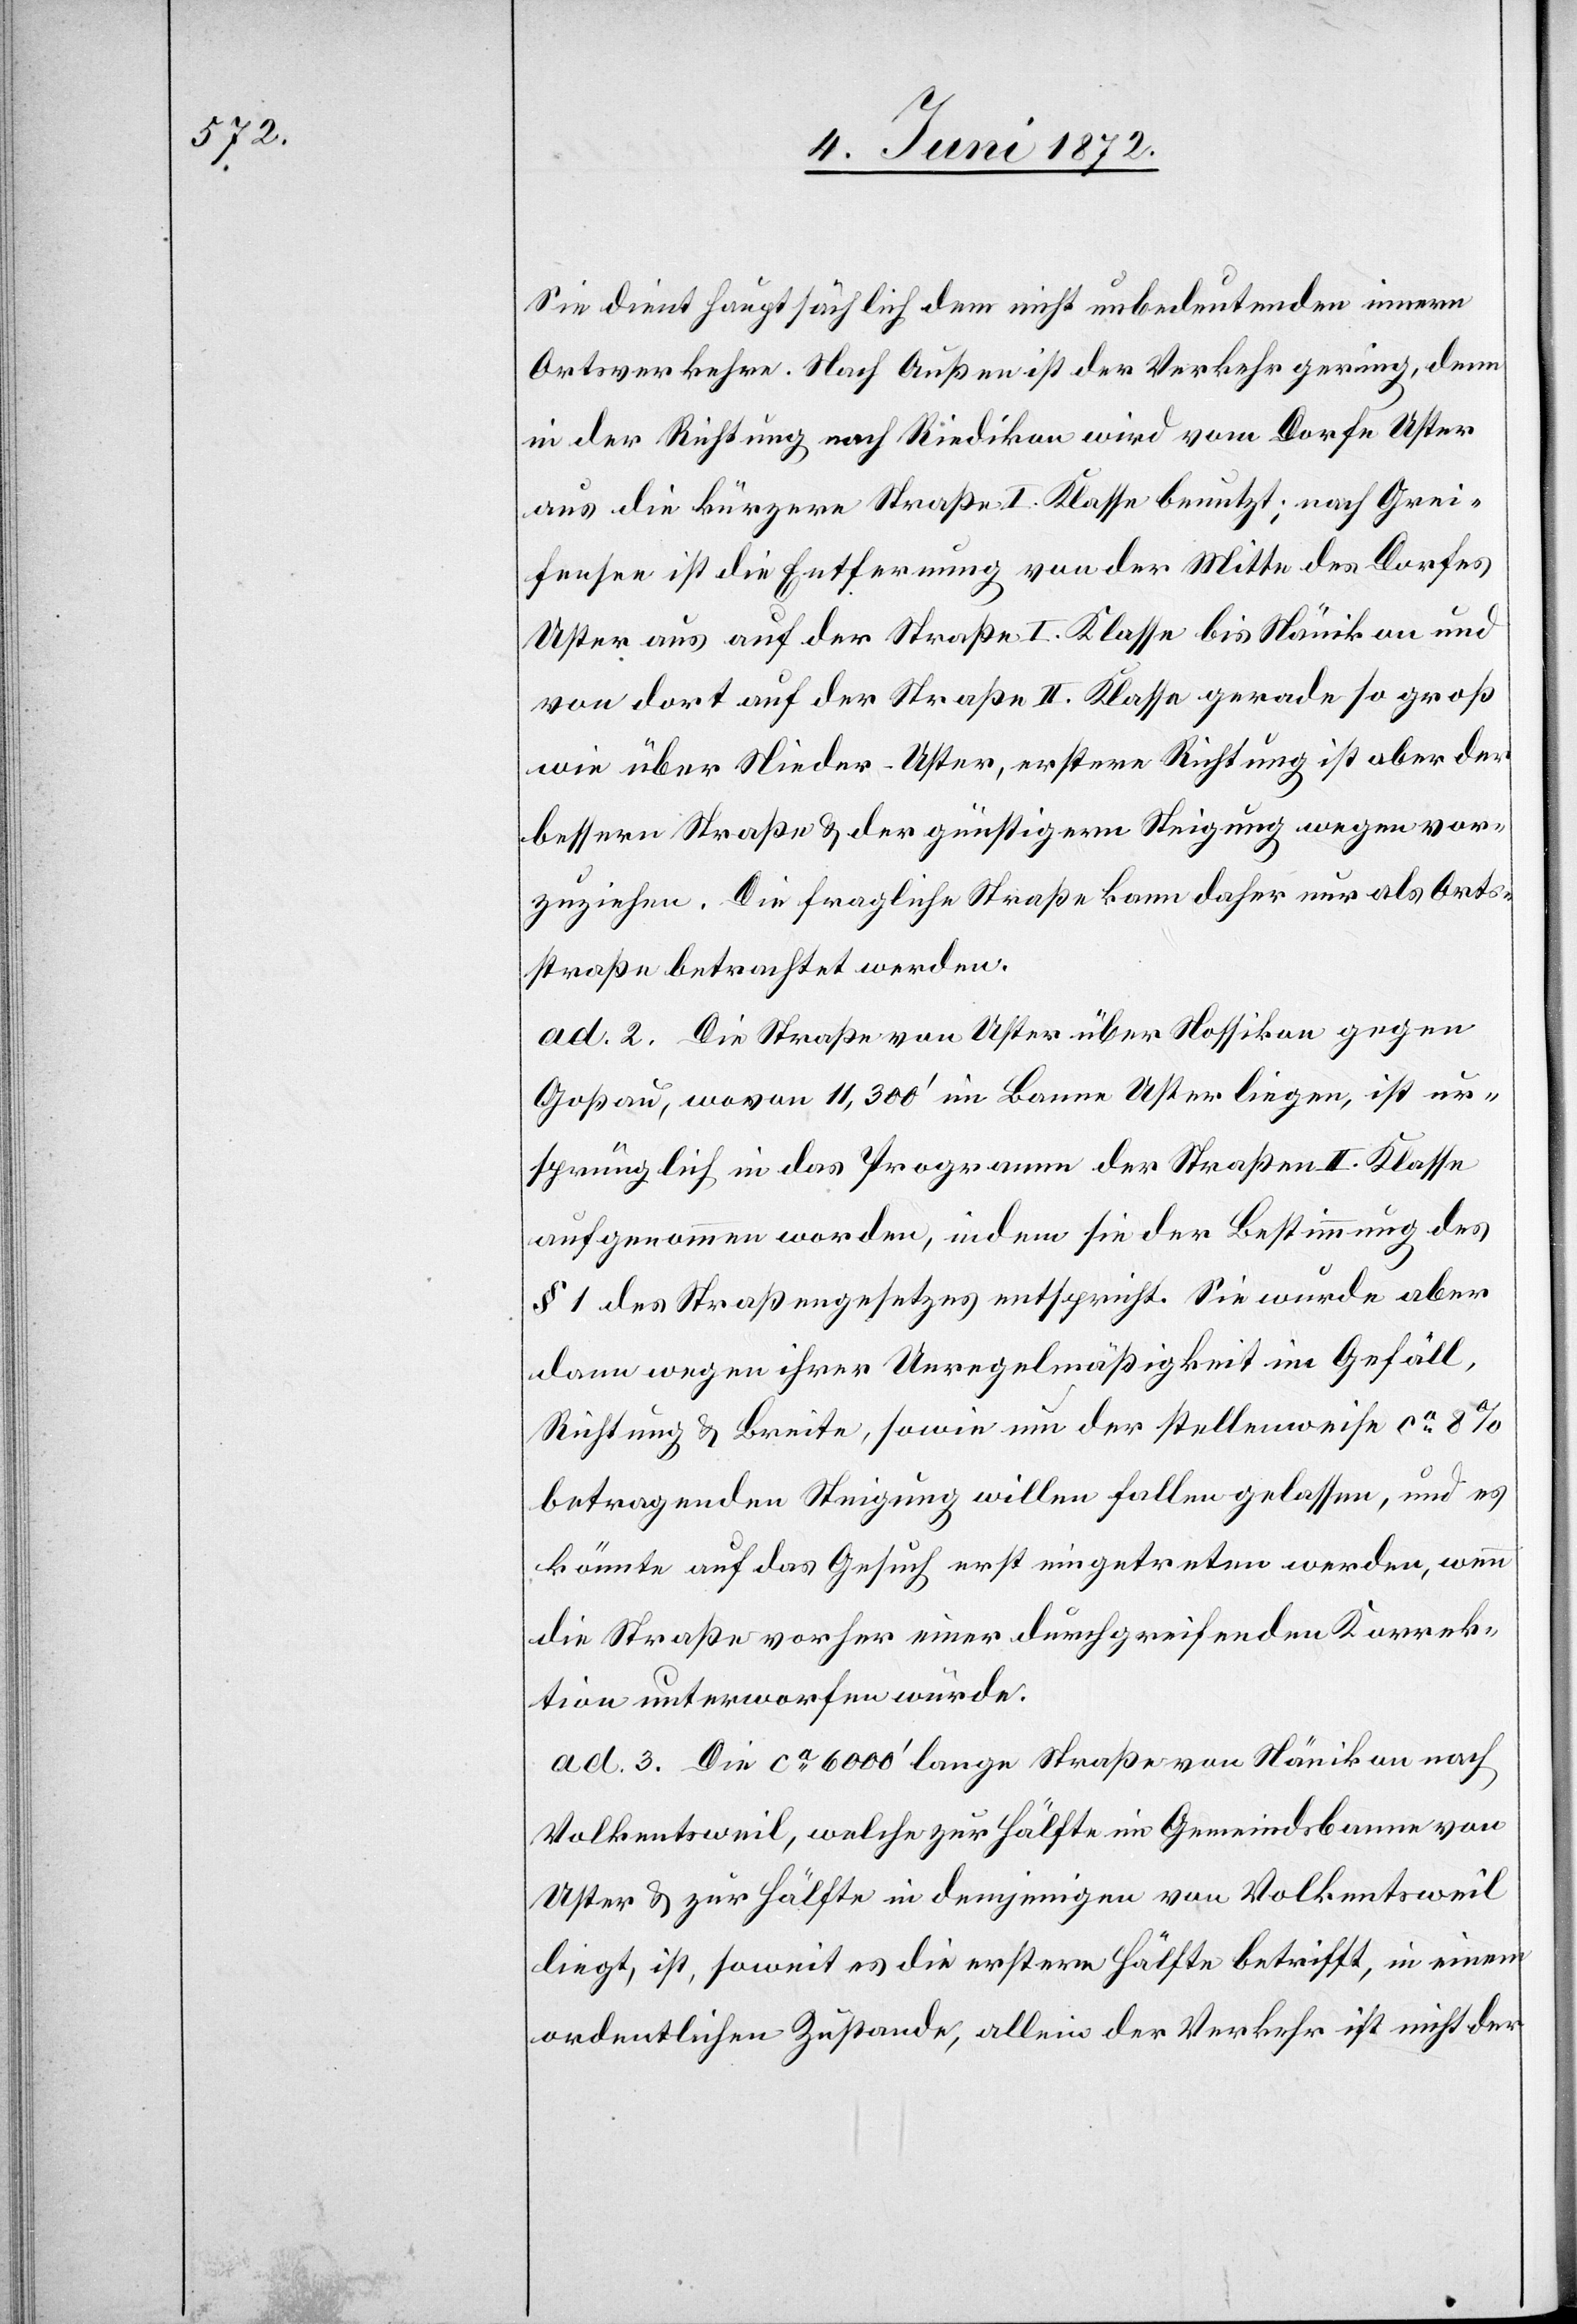
Sie dient hauptsächlich dem nicht unbedeutenden innern
Ortsverkehre. Nach Außen ist der Verkehr gering, denn
in der Richtung nach Riedikon wird vom Dorfe Uster
aus die kürzere Straße I. Klasse benutzt; nach Grei¬
fensee ist die Entfernung von der Mitte des Dorfes
Uster aus auf der Straße I. Klasse bis Nänikon an und
von dort auf der Straße II. Klasse gerade so groß
wie über Nieder-Uster, erstere Richtung ist aber der
bessern Straße u. der günstigern Steigung wegen vor¬
zuziehen. Die fragliche Straße kann daher nur als Orts¬
straße betrachtet werden.
ad. 2. Die Straße von Uster über Nossikon gegen
Goßau, wovon 11,300’ im Banne Uster liegen, ist ur¬
sprünglich in das Programm der Straßen II. Klasse
aufgenommen worden, indem sie der Bestimmung des
§ 1 des Straßengesetzes entspricht. Sie wurde aber
dann wegen ihrer Unregelmäßigkeit im Gefäll,
Richtung u. Breite, sowie um der stellenweise ca 8
betragenden Steigung willen fallen gelassen, und es
könnte auf das Gesuch erst eingetreten werden, wenn
die Straße vorher einer durchgreifenden Korrek¬
tion unterworfen würde.
ad. 3. Die ca 6000’ lange Straße von Nänikon nach
Volkentsweil, welche zur Hälfte im Gemeindsbanne von
Uster u. zur Hälfte in demjenigen von Volkentsweil
liegt, ist, soweit es die erstere Hälfte betrifft, in einem
ordentlichen Zustande, allein der Verkehr ist nicht der